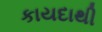
કાયદાથી